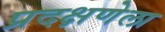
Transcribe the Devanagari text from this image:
प्रदक्षणेला